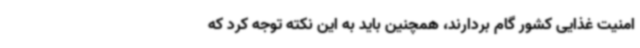
امنیت غذایی کشور گام بردارند، همچنین باید به این نکته توجه کرد که